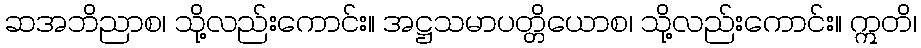
ဆအဘိညာစ၊ သို့လည်းကောင်း။ အဋ္ဌသမာပတ္တိယောစ၊ သို့လည်းကောင်း။ ဣတိ၊